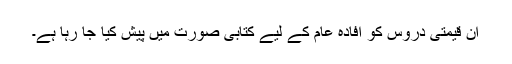
ان قیمتی دروس کو افادہ عام کے لیے کتابی صورت میں پیش کیا جا رہا ہے۔